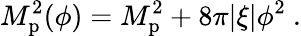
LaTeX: M_{\mathrm{p}}^{2}(\phi)=M_{\mathrm{p}}^{2}+8\pi|\xi|\phi^{2}\ .